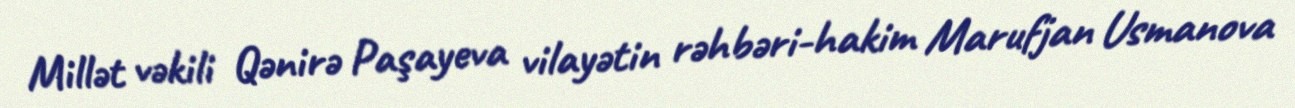
Millət vəkili Qənirə Paşayeva vilayətin rəhbəri-hakim Marufjan Usmanova